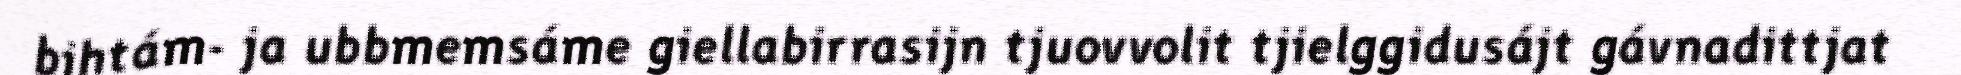
bihtám- ja ubbmemsáme giellabirrasijn tjuovvolit tjielggidusájt gávnadittjat